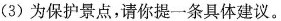
(3)为保护景点，请你提一条具体建议。